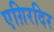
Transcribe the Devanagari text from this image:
एग़िरदिर